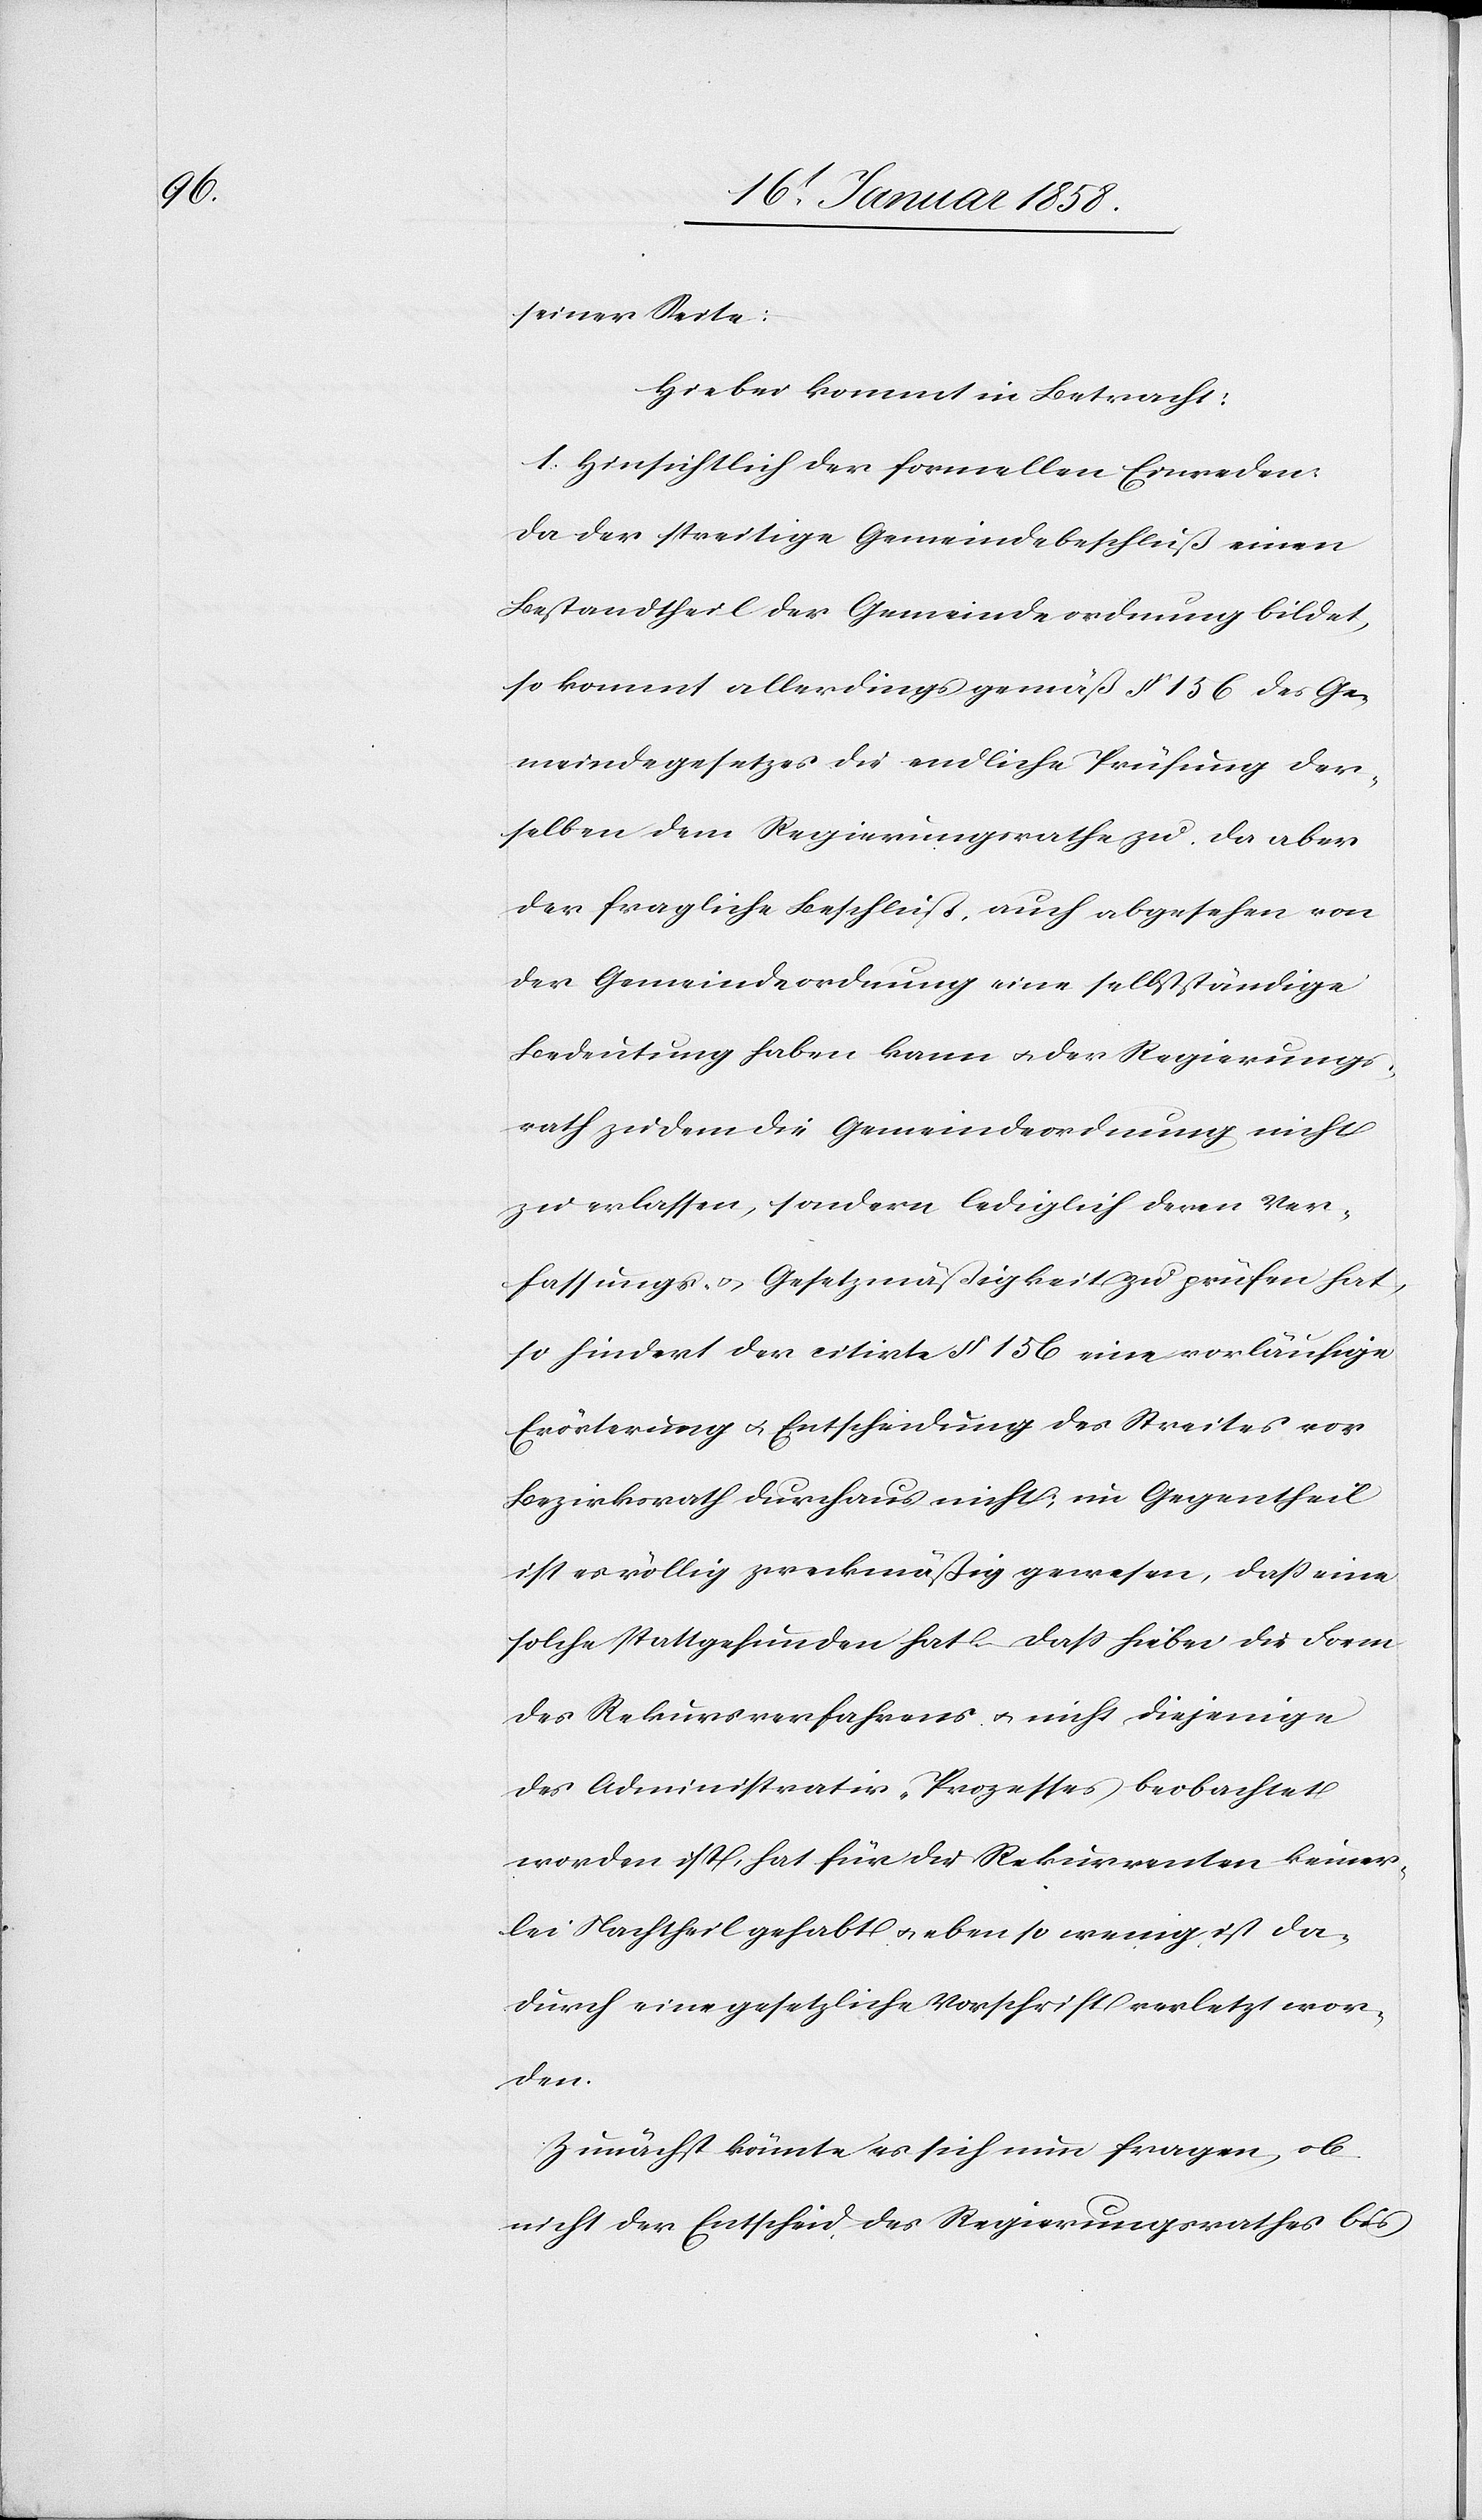
seiner Seite.
Hiebei kommt in Betracht:
1. Hinsichtlich der formellen Einreden:
Da der streitige Gemeindebeschluß einen
Bestandtheil der Gemeindeordnung bildet,
so kommt allerdings gemäß § 156 des Ge¬
meindegesetzes die endliche Prüfung der¬
selben dem Regierungsrathe zu. Da aber
der fragliche Beschluß, auch abgesehen von
der Gemeindeordnung eine selbstständige
Bedeutung haben kann u. der Regierungs¬
rath zudem die Gemeindeordnung nicht
zu erlassen, sondern lediglich deren Ver¬
fassungs- u. Gesetzmäßigkeit zu prüfen hat,
so hindert der citirte § 156 eine vorläufige
Erörterung u. Entscheidung des Streites vor
Bezirksrath durchaus nicht; im Gegentheil
ist es völlig zweckmäßig gewesen, daß eine
solche stattgefunden hat. Daß hiebei die Form
des Rekursverfahrens u. nicht diejenige
des Administrativ-Prozesses beobachtet
worden ist, hat für die Rekurrenten keiner¬
lei Nachtheil gehabt u. eben so wenig ist da¬
durch eine gesetzliche Vorschrift verletzt wor¬
den.
Zunächst könnte es sich nun fragen, ob
nicht der Entscheid des Regierungsrathes bis